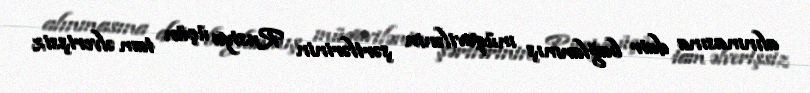
alınmasına dair bağlanmış müqavilənin şərtlərinin Rusiya üçün tam əlverişsiz